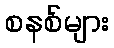
စနစ်များ